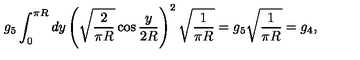
g _ { 5 } \int _ { 0 } ^ { \pi R } d y \left( \sqrt { \frac { 2 } { \pi R } } \cos \frac { y } { 2 R } \right) ^ { 2 } \sqrt { \frac { 1 } { \pi R } } = g _ { 5 } \sqrt { \frac { 1 } { \pi R } } = g _ { 4 } ,